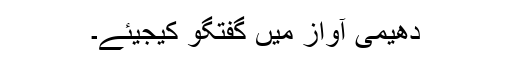
دھیمی آواز میں گفتگو کیجیئے۔